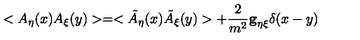
< A _ { \eta } ( x ) A _ { \xi } ( y ) > = < \tilde { A } _ { \eta } ( x ) \tilde { A } _ { \xi } ( y ) > + \frac { 2 } { m ^ { 2 } } { \bf g } _ { \eta \xi } { \bf \delta } ( x - y )